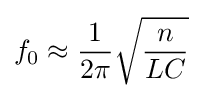
f_{0}\approx {\frac {1}{2\pi }}{\sqrt {\frac {n}{LC}}}